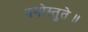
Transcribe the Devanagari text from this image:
नमोस्तुते॥